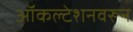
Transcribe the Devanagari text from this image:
ऑकल्टेशनवरून